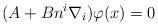
LaTeX: \begin{align*}(A+Bn^{i}\nabla _{i})\varphi (x)=0 \end{align*}